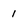
Character: 1